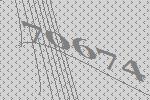
70674